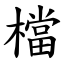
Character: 檔